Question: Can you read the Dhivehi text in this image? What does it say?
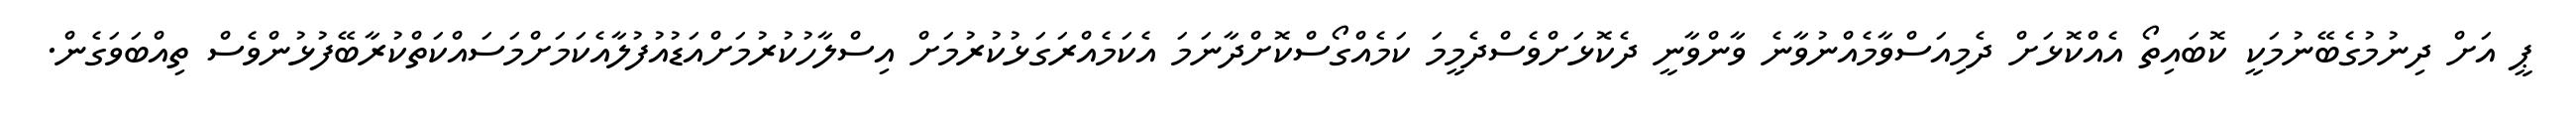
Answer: ޕީ އަށް ދިނުމުގެބޭނުމަކީ ކޮބައިތޯ އެއްކޮޅަށް ދެމިއަސްވާމެއްނުވާނެ ވާންވާނީ ދެކޮޅަށްވެސްދެމީމަ ކަމެއްގޯސްކޮށްދާނަމަ އެކަމެއްރަގަޅުކުރުމަށް އިސްލާހުކުރުމަށްއަޑުއުފުލާއެކަމަށްމަސައްކަތްކުރާބޭފުޅުންވެސް ތިއްބަވަގެން.